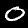
Digit: 0